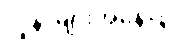
လူနာများအနေဖြင့်